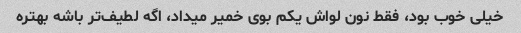
خیلی خوب بود، فقط نون لواش یکم بوی خمیر میداد، اگه لطیف‌تر باشه بهتره